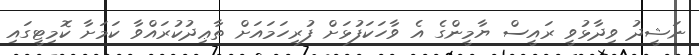
ނަޝީދު ވިދާޅުވީ ރައީސް ޔާމީންގެ އެ ވާހަކަފުޅަށް ފުރިހަމައަށް ތާޢިދުކުރައްވާ ކަމަށާ ކޮމިޓީގައި